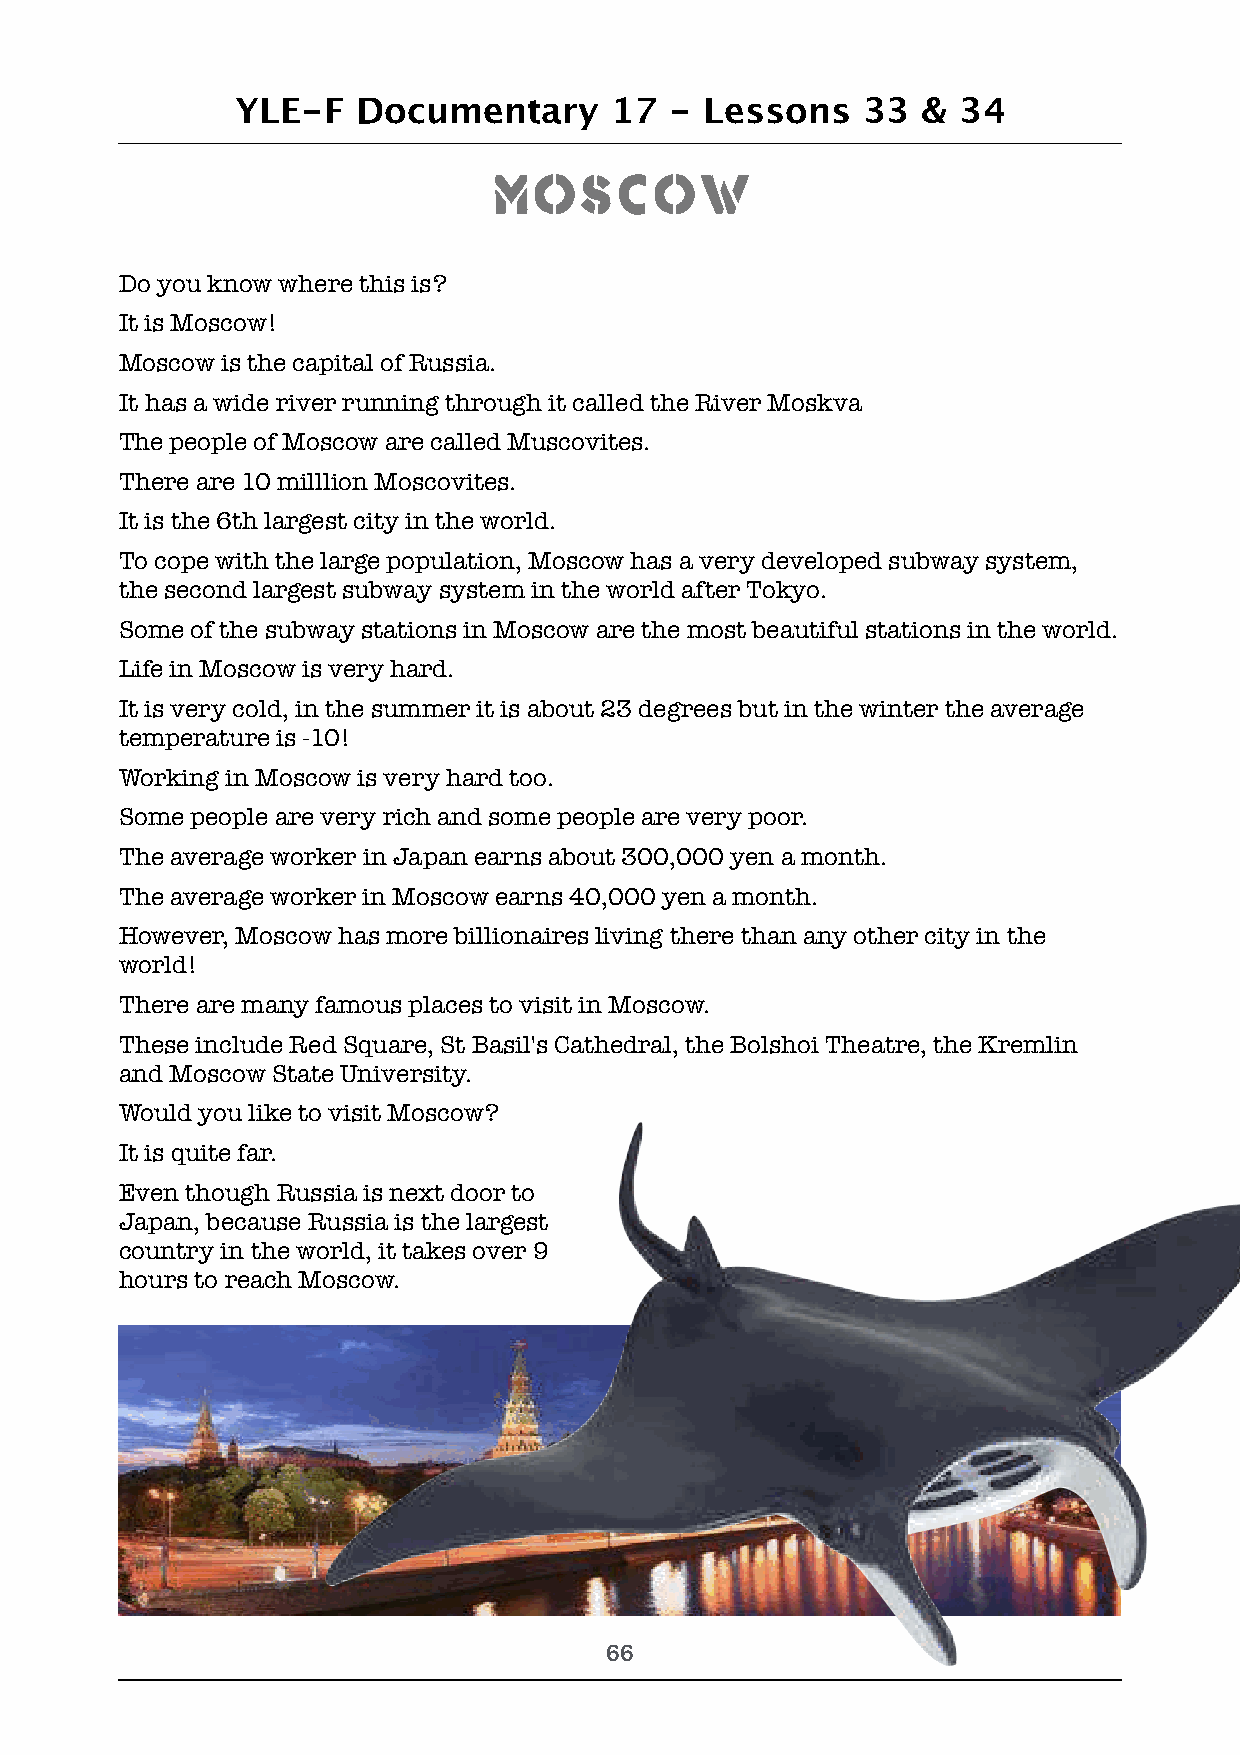
YLE-F   Documentary     17  -  Lessons   33  & 34
 Moscow
 Do you know where this is?
 It is Moscow!
 Moscow is the capital of Russia.
 It has a wide river running through it called the River Moskva
 The people of Moscow are called Muscovites.
 There are 10 milllion Moscovites.
 It is the 6th largest city in the world.
 To cope with the large population, Moscow has a very developed subway system,
 the second largest subway system in the world after Tokyo.
 Some of the subway stations in Moscow are the most beautiful stations in the world.
 Life in Moscow is very hard.
 It is very cold, in the summer it is about 23 degrees but in the winter the average
 temperature is -10!
 Working in Moscow is very hard too.
 Some people are very rich and some people are very poor.
 The average worker in Japan earns about 300,000 yen a month.
 The average worker in Moscow earns 40,000 yen a month.
 However, Moscow has more billionaires living there than any other city in the
 world!
 There are many famous places to visit in Moscow.
 These include Red Square, St Basil's Cathedral, the Bolshoi Theatre, the Kremlin
 and Moscow State University.
 Would you like to visit Moscow?
 It is quite far.
 Even though Russia is next door to
 Japan, because Russia is the largest
 country in the world, it takes over 9
 hours to reach Moscow.
 !66